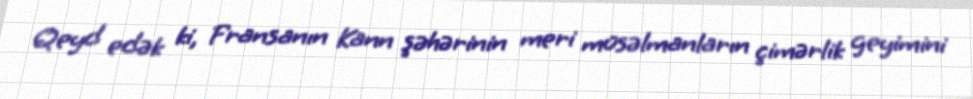
Qeyd edək ki, Fransanın Kann şəhərinin meri müsəlmanların çimərlik geyimini